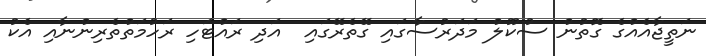
ނަތީޖާއެއްގެ ގޮތުން ސުކޫލް މަދަރުސާގައި ގޭތެރޭގައި  އަދި ރައްޓަހި ރަހުމަތްތެރިންނާއި އެކު